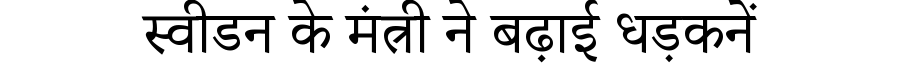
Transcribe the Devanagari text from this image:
स्वीडन के मंत्री ने बढ़ाई धड़कनें